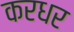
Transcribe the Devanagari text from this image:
करधर